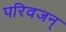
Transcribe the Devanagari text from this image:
परिवजन्